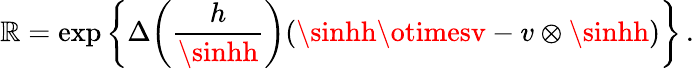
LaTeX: {\cal\mathbb{R}}=\exp\left\{ \Delta\! \left(\frac{{h}}{{\sinhh}}\right)(\sinhh\otimesv-v\otimes\sinhh)\right\} \, .